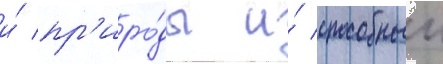
и́ пр'иро́ды и́ способныи